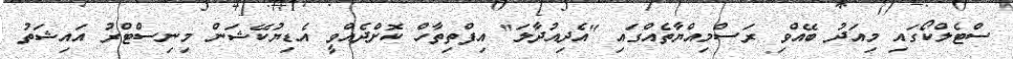
ސްޓެލްކޯގައި މިއަދު ބޭއްވި ރަސްމިއްޔާތެއްގައި "އެދިއުދާލަ" އިފްތިތާހް ކޮށްދެއްވީ އެޑިޔުކޭޝަން މިނިސްޓްރު އައިޝަތު